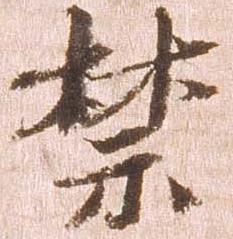
禁